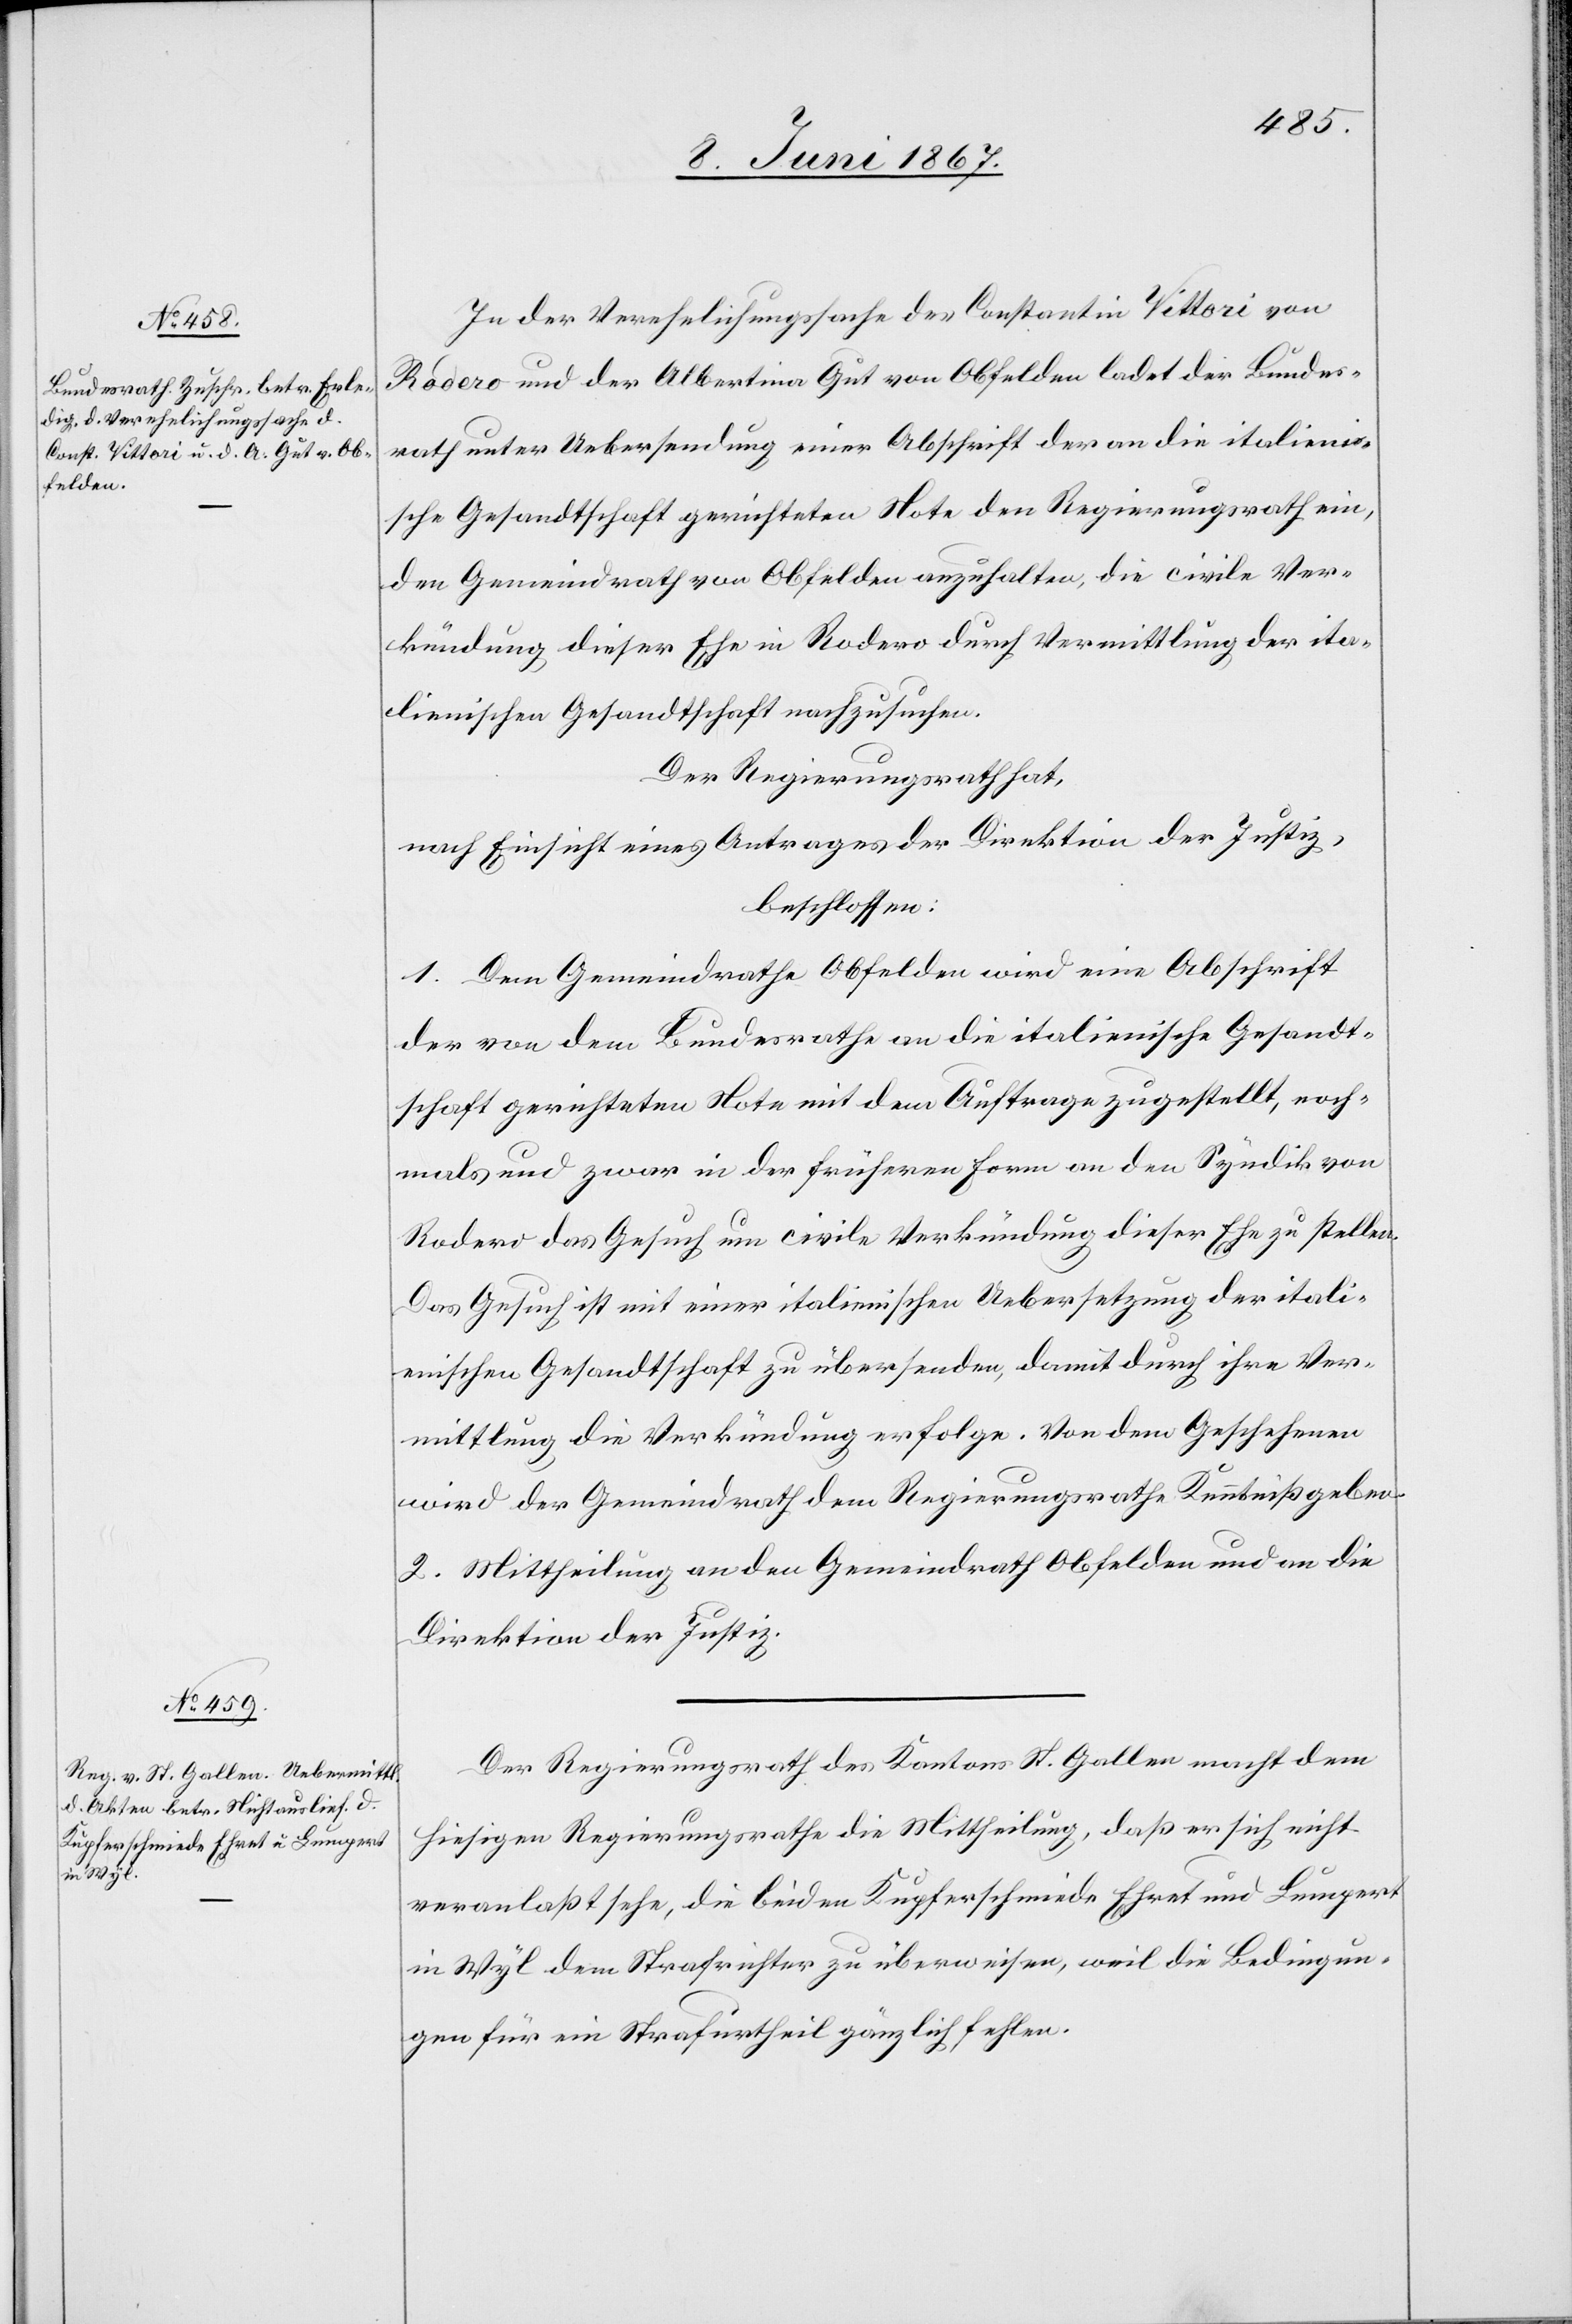
In der Verehlichungssache des Constantin Vittori von
Rodero und der Albertina Gut von Obfelden ladet der Bundes¬
rath unter Uebersendung einer Abschrift der an die italieni¬
sche Gesandtschaft gerichteten Note den Regierungsrath ein,
den Gemeindrath von Obfelden anzuhalten, die civile Ver¬
kündung dieser Ehe in Rodero durch Vermittlung der ita¬
lienischen Gesandtschaft nachzusuchen.
Der Regierungsrath hat,
nach Einsicht eines Antrages der Direktion der Justiz,
beschlossen:
1. Dem Gemeindrathe Obfelden wird eine Abschrift
der von dem Bundesrathe an die italienische Gesandt¬
schaft gerichteten Note mit dem Auftrage zugestellt, noch¬
mals und zwar in der früheren Form an den Syndik von
Rodero das Gesuch um civile Verkündung dieser Ehe zu stellen.
Das Gesuch ist mit einer italienischen Uebersetzung der itali¬
enischen Gesandtschaft zu übersenden, damit durch ihre Ver¬
mittlung die Verkündung erfolge. Von dem Geschehenen
wird der Gemeindrath dem Regierungsrathe Kenntniß geben.
2. Mittheilung an den Gemeindrath Obfelden und an die
Direktion der Justiz.
Der Regierungsrath des Kantons St. Gallen macht dem
hiesigen Regierungsrathe die Mittheilung, daß er sich nicht
veranlaßt sehe, die beiden Kupferschmiede Ehret und Lumpert
in Wyl dem Strafrichter zu überweisen, weil die Bedingun¬
gen für ein Strafurtheil gänzlich fehlen.